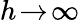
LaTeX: h\! \to\! \infty